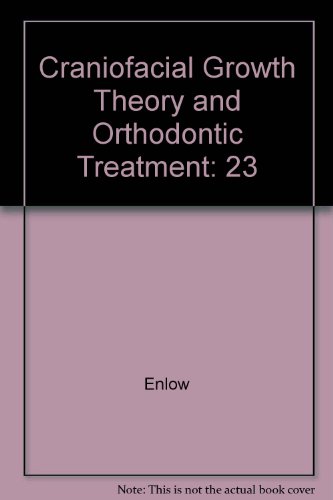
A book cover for Craniofacial Growth Theory and Orthodontic Treatment; Enlow; Medical Books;